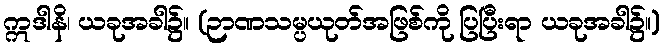
ဣဒါနိ၊ ယခုအခါ၌။ (ဉာဏသမ္ပယုတ်အဖြစ်ကို ပြပြီးရာ ယခုအခါ၌။)